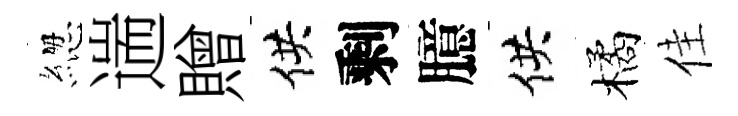
緫遄贈供剩臆供橘佳